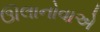
ઊલાનોવાએ